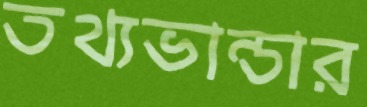
তথ্যভান্ডার